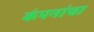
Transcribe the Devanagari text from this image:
कंपनांचा